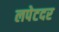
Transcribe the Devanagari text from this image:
लपेटदर